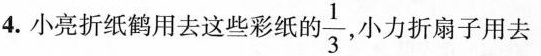
4.小亮折纸鹤用去这些彩纸的 \frac{1}{3} ，小力折扇子用去